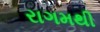
રાગમથી